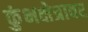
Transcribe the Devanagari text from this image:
कुंभक्षेत्रावर